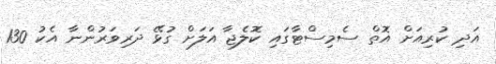
އަދި ކުރިއަށް އޮތް ސެމިސްޓާގައި ކޮލެޖާ އަލަށް ގުޅޭ ދަރިވަރުންނާ އެކު 130